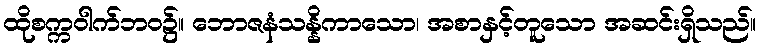
ထိုစက္ကဝါက်ဘဝ၌။ ဘောဇနံသန္နိကာသော၊ အစာနှင့်တူသော အဆင်းရှိသည်။